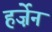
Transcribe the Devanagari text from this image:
हर्ज़ेन